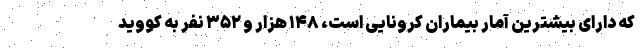
که دارای بیشترین آمار بیماران کرونایی است، ۱۴۸ هزار و ۳۵۲ نفر به کووید